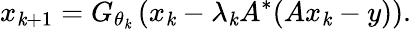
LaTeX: x_{\mathit{k}+1}=G_{\theta_{\mathit{k}}}\left(x_{\mathit{k}}-\lambda_{\mathit{k}}A^{*}(Ax_{\mathit{k}}-y)\right).